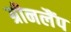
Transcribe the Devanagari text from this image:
ग्रीनलैंप